Report on the working of the mental hospitals for Indians in Bihar and Orissa - 1925-1929
Year: 1925
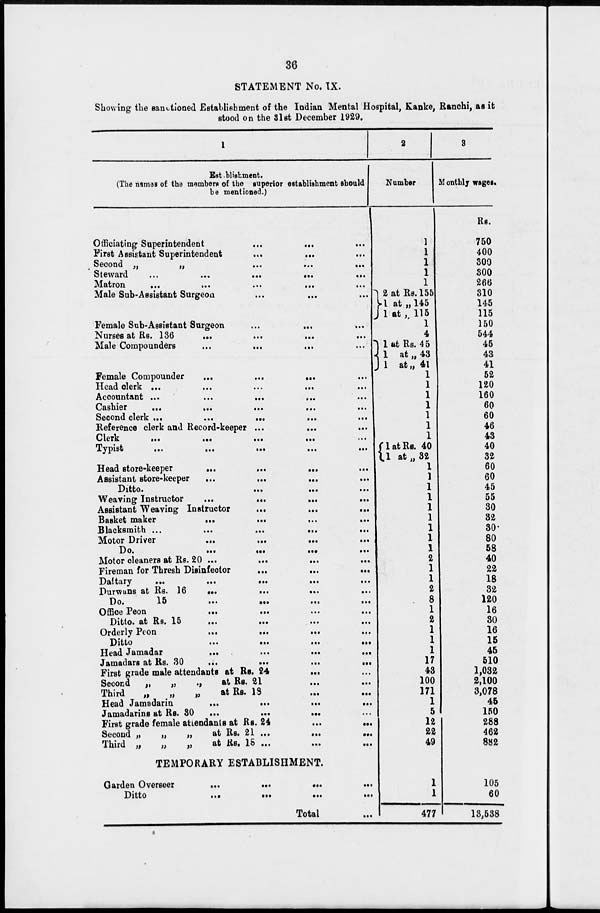
36
STATEMENT No. IX.
Showing the sanctioned Establishment of the Indian Mental Hospital, Kanke, Ranchi, as it
stood on the 31st December 1929.
1
Establistment.
(The names of the members of the superior establishment should
be mentioned.)
Officiating Superintendent
...
...
...
First Assistant Superintendent
...
...
...
Second „
„
...
...
...
Steward
...
...
...
...
...
Matron ... ... ... ... ...
Male Sub-Assistant Surgeon ... ... ...
Female Sub-Assistant Surgeon
...
...
...
Nurses at Rs. 136
...
...
...
...
Male Compounders ... ... ... ...
Female Compounder
...
...
...
...
Head clerk ... ... ... ... ...
Accountant
...
...
...
...
...
Cashier ... ... ... ... ...
Second clerk...
...
...
...
...
Reference clerk and Record-keeper
...
...
...
Clerk ... ... ... ... ...
Typist
...
...
...
...
...
Head store-keeper
...
...
...
...
Assistant store-keeper
...
...
...
...
Ditto.
...
...
...
Weaving Instructor
...
...
...
...
Assistant Weaving Instructor
...
...
...
Basket maker
...
...
...
...
Blacksmith...
...
...
...
...
Motor Driver
...
...
...
...
Do.
...
...
...
...
Motor cleaners at Rs. 20...
...
...
...
Fireman for Thresh Disinfector
...
...
...
Daftary
...
...
...
...
...
Durwans at Rs. 16
...
...
...
...
Do.
15
...
...
...
...
Office Peon
...
...
...
...
Ditto. at Rs. 15
...
...
...
...
Orderly Peon
...
...
...
...
Ditto
...
...
...
...
Head Jamadar
...
...
...
...
Jamadars at Rs. 30
...
...
...
...
First grade male attendants at Rs. 24
...
...
Second
„
„
„
at Rs. 21
...
...
Third
„
„
„
at Rs. 18 ... ...
Head Jamadarin
...
...
...
...
Jamadarins at Rs. 30
...
...
...
...
First grade female attendants at Rs. 24
...
...
Second „
„
„
at Rs. 21...
...
...
Third „
„
„
at Rs. 18...
...
...
TEMPORARY ESTABLISHMENT.
Garden Overseer
...
...
...
...
Ditto
...
...
...
...
Total ...
2
Number.
1
1
1
1
1
2 at Rs.155
1 at „145
1 at „ 115
1
4
1 at Rs. 45
1 at „ 43
1 at„ 41
1
1
1
1
1
1
1
1 at Rs. 40
1
at„ 32
1
1
1
1
1
1
1
1
1
2
1
1
2
8
1
2
1
1
1
17
43
100
171
1
5
12
22
49
1
1
477
3
Monthly wages.
Rs.
750
400
300
300
266
310
145
115
150
544
45
43
41
52
120
160
60
60
46
43
40
32
60
60
45
55
30
32
30
80
58
40
22
18
32
120
16
30
16
15
45
510
1,032
2,100
3,078
45
150
288
462
882
105
60
13,538